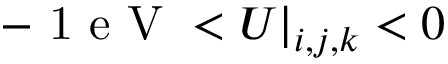
- \mathrm { ~ 1 ~ e ~ V ~ } < U | _ { i , j , k } < 0